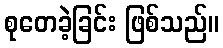
စုတေခဲ့ခြင်း ဖြစ်သည်။